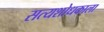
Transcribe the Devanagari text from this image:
सत्यशोधकाला